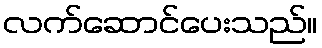
လက်ဆောင်ပေးသည်။